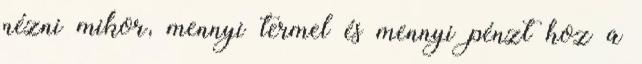
nézni mikor, mennyi termel és mennyi pénzt hoz a